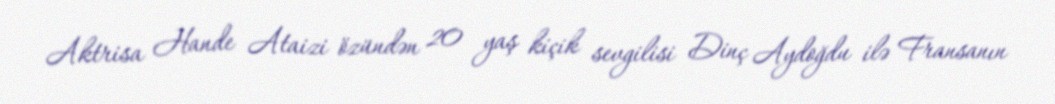
Aktrisa Hande Ataizi özündən 20 yaş kiçik sevgilisi Dinç Aydoğdu ilə Fransanın